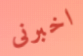
اخبرنى